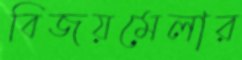
বিজয়মেলার